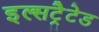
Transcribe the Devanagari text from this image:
इल्सट्रैटेड